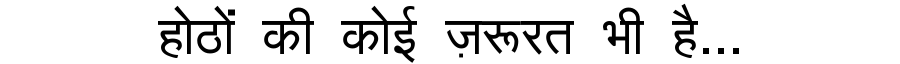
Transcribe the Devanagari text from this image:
होठों की कोई ज़रूरत भी है...